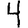
Digit: 4